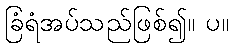
ခြံရံအပ်သည်ဖြစ်၍။ ပ။